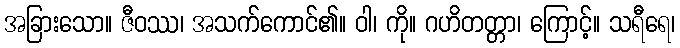
အခြားသော။ ဇီဝဿ၊ အသက်ကောင်၏။ ဝါ၊ ကို။ ဂဟိတတ္တာ၊ ကြောင့်။ သရီရေ၊